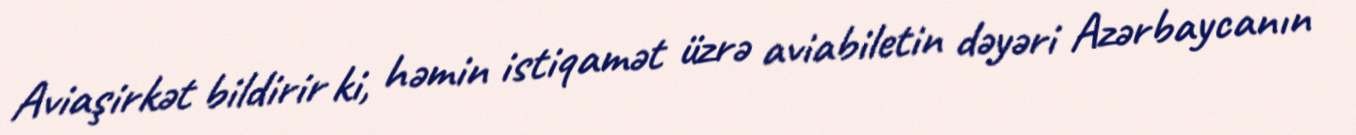
Aviaşirkət bildirir ki, həmin istiqamət üzrə aviabiletin dəyəri Azərbaycanın